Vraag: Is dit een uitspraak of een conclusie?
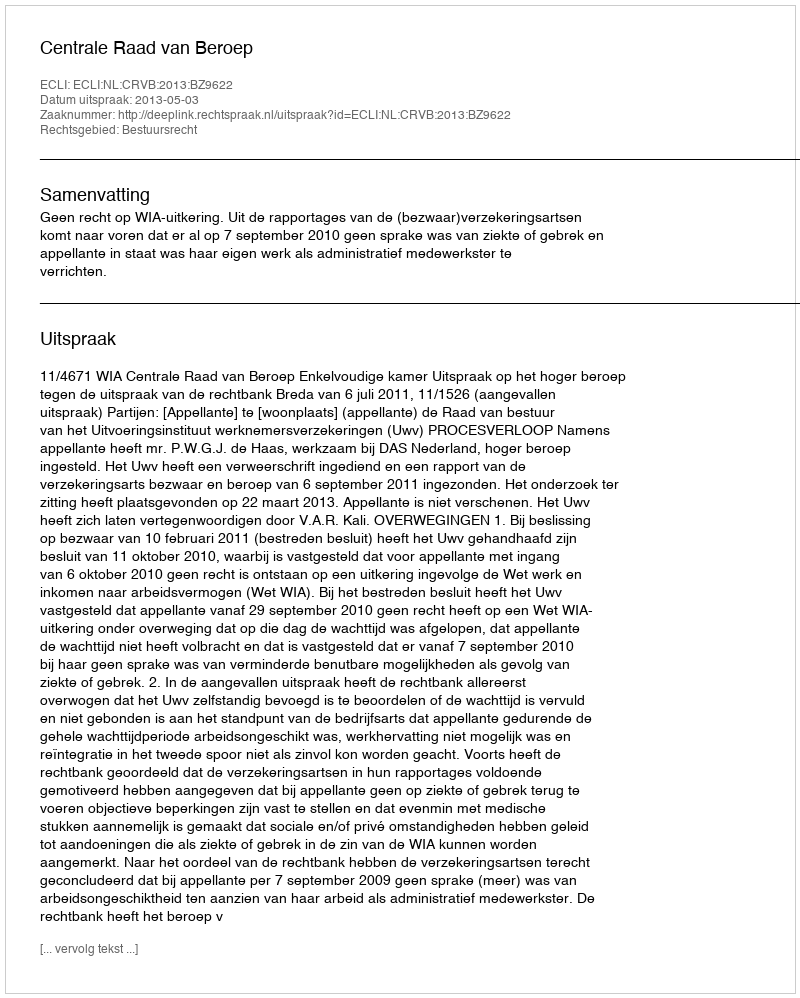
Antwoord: Uitspraak